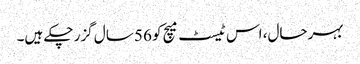
بہرحال، اس ٹیسٹ میچ کو 56 سال گزر چکے ہیں۔